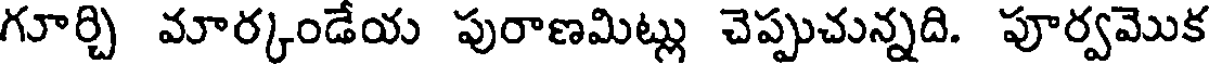
గూర్చి మార్కండేయ పురాణమిట్లు చెప్పుచున్నది. పూర్వమొక